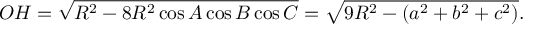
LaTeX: O H = { \sqrt { R ^ { 2 } - 8 R ^ { 2 } \cos A \cos B \cos C } } = { \sqrt { 9 R ^ { 2 } - ( a ^ { 2 } + b ^ { 2 } + c ^ { 2 } ) } } .